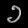
Digit: ၁